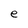
Character: e